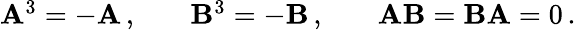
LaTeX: \begin{array}{rlrlr}{\mathbf{A}^{3}=-\mathbf{A}\, ,}&{{}}&{\mathbf{B}^{3}=-\mathbf{B}\, ,}&{{}}&{\mathbf{A}\mathbf{B}=\mathbf{B}\mathbf{A}=0\, .}\end{array}